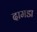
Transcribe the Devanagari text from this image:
दामडा